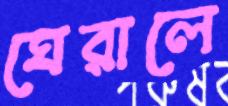
ঘেরালে